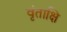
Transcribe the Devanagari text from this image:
वृंताक्षि